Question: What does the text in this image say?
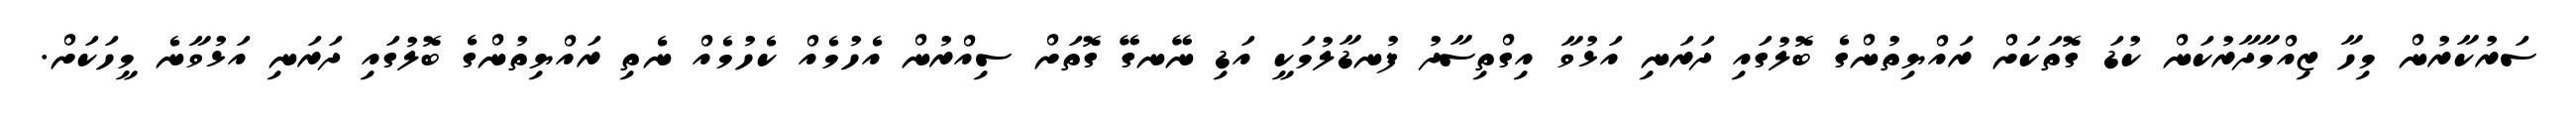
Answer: ސަރުކާރުން މިހާ ޒިއްމާދާރުކަން ކުޑަ ގޮތަކަށް ރައްޔިތުންގެ ބޮލުގައި ދަރަނި އަޅުވާ އިގްތިސާދު ފުނޑާލުމަކީ އަޑި ނޭނގޭ ގޮތަށް ސިއްރުން އެހުމެއް ކެހުމެއް ނެތި ރައްޔިތުންގެ ބޮލުގައި ދަރަނި އަޅުވާނެ މީހަކަށް.